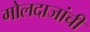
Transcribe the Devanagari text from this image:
गोलदाजांची